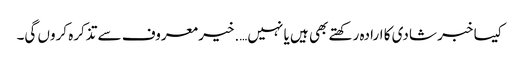
کیسا خبر شادی کا ارادہ رکھتے بھی ہیں یا نہیں….خیر معروف سے تذکرہ کروں گی۔